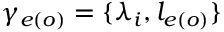
\gamma _ { e ( o ) } = \{ \lambda _ { i } , l _ { e ( o ) } \}